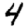
Digit: 4